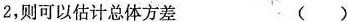
2，则可以估计总体方差 ( )